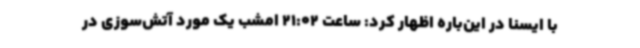
با ایسنا در این‌باره اظهار کرد: ساعت 21:02 امشب یک مورد آتش‌سوزی در